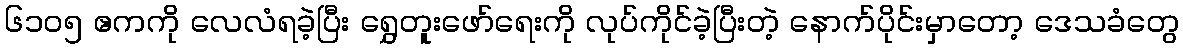
၆၁၀၅ ဧကကို လေလံရခဲ့ပြီး ရွှေတူးဖော်ရေးကို လုပ်ကိုင်ခဲ့ပြီးတဲ့ နောက်ပိုင်းမှာတော့ ဒေသခံတွေ